Language: tamil
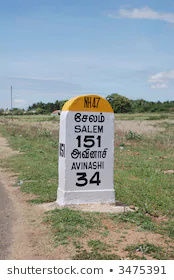
Transcription: அவினாசி சேலம்